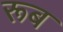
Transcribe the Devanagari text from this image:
रूब